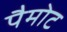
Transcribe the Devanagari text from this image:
पैमोट